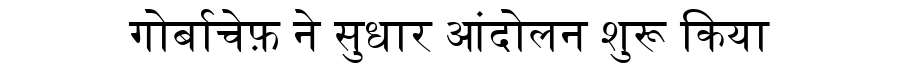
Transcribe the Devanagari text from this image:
गोर्बाचेफ़ ने सुधार आंदोलन शुरू किया